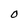
Character: O